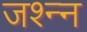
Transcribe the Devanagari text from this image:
जश्न्न